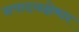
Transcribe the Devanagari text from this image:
सपादलक्षेश्वर